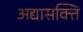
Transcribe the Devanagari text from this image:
अद्यासक्ति